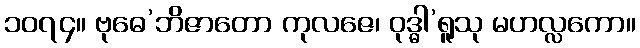
၁၀၇၄။ ဗုဓေ’ဘိဇာတော ကုလဇေ၊ ဝုဒ္ဓါ’ရူသု မဟလ္လကော။